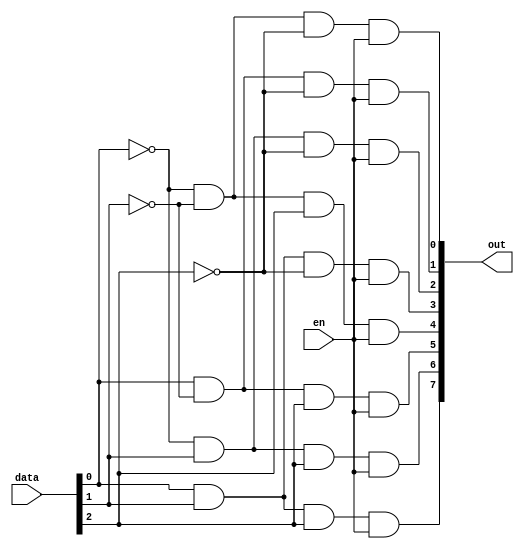
module decoder3to8(
    input [2:0] data,
	 input en,
    output [7:0] out
    );
	 
	 // 000
	 assign out[0] = ~data[0] & ~data[1] & ~data[2] & en;
	  
	 // 001
	 assign out[1] = data[0] & ~data[1] & ~data[2] & en;
	 
	 // 010
	 assign out[2] = ~data[0] & data[1] &  ~data[2] & en;
	 
	 // 011
	 assign out[3] = data[0] & data[1] & ~data[2]  & en;
	 
	 // 100
	 assign out[4] = ~data[0] & ~data[1] & data[2] & en;
	 
	 // 101
	 assign out[5] = data[0] & ~data[1] & data[2] & en;
	 
	 // 110
	 assign out[6] = ~data[0] & data[1] & data[2] & en;
	 
	 // 111
	 assign out[7] = data[0] & data[1] & data[2] & en;
	 


endmodule